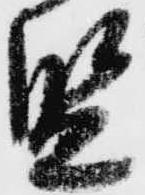
監